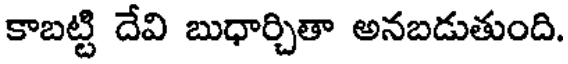
కాబట్టి దేవి బుధార్చితా అనబడుతుంది.